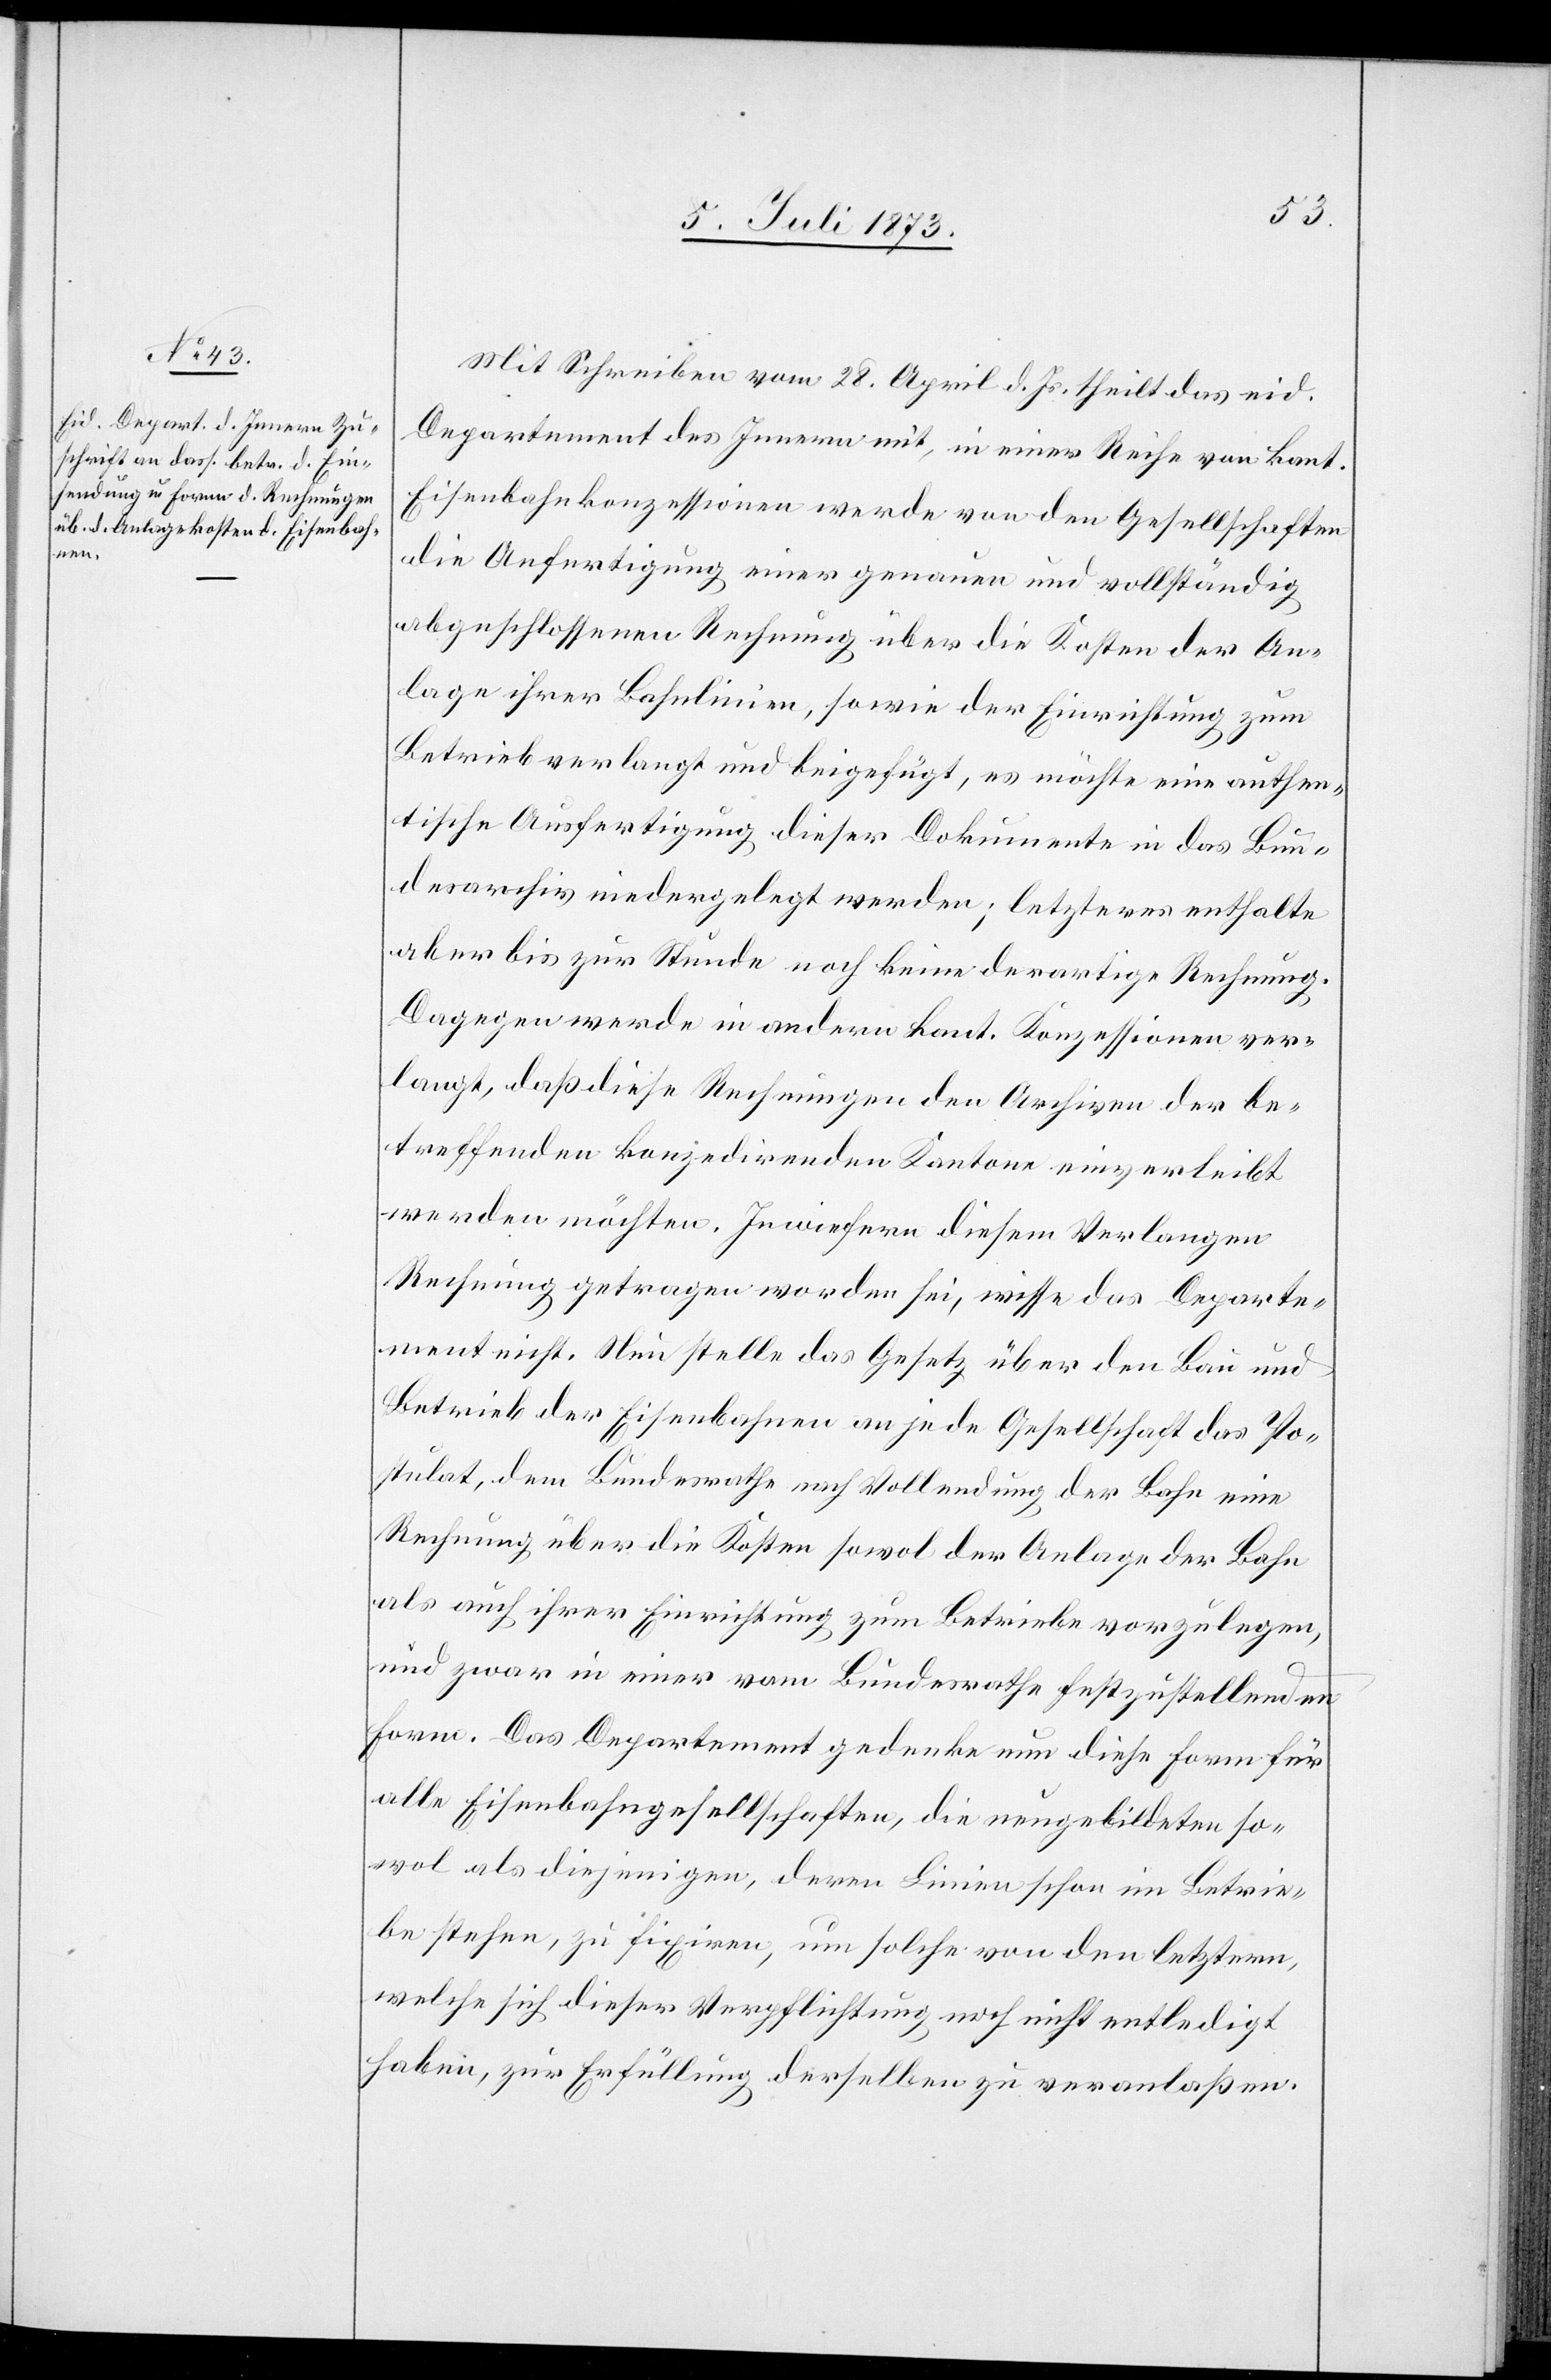
Mit Schreiben vom 28. April d. Js. theilt das eid.
Departement des Innern mit, in einer Reihe von kant.
Eisenbahnkonzessionen werde von den Gesellschaften
die Anfertigung einer genauen und vollständig
abgeschlossenen Rechnung über die Kosten der An¬
lage ihrer Bahnlinien, sowie der Einrichtung zum
Betrieb verlangt und beigefügt, es möchte eine authen¬
tische Ausfertigung dieser Dokumente in das Bun¬
desarchiv niedergelegt werden; letzteres enthalte
aber bis zur Stunde noch keine derartige Rechnung.
Dagegen werde in andern kant. Konzessionen ver¬
langt, daß diese Rechnungen den Archiven der be¬
treffenden konzedirenden Kantone einverleibt
werden möchten. Inwiefern diesem Verlangen
Rechnung getragen worden sei, wisse das Departe¬
ment nicht. Nun stelle das Gesetz über den Bau und
Betrieb der Eisenbahnen an jede Gesellschaft das Po¬
stulat, dem Bundesrathe nach Vollendung der Bahn eine
Rechnung über die Kosten sowol der Anlage der Bahn
als auch ihrer Einrichtung zum Betriebe vorzulegen,
und zwar in einer vom Bundesrathe festzustellenden
Form. Das Departement gedenke nun diese Form für
alle Eisenbahngesellschaften, die neugebildeten so¬
wol als diejenigen, deren Linien schon im Betrei¬
be stehen, zu fixiren, um solche von den letztern,
welche sich dieser Verpflichtung noch nicht entledigt
haben, zur Erfüllung derselben zu veranlaßen.